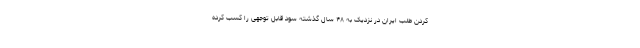
کردن طلب ایران در نزدیک به ۴۸ سال‌ گذشته سود قابل توجهی را کسب کرده